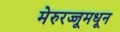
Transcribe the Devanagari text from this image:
मेरुरज्जूमधून